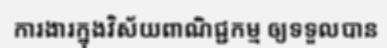
ការងារក្នុងវិស័យពាណិជ្ជកម្ម ឲ្យទទួលបាន